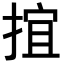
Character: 𢯕